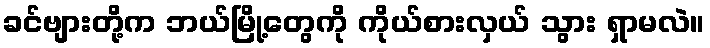
ခင်ဗျားတို့က ဘယ်မြို့တွေကို ကိုယ်စားလှယ် သွား ရှာမလဲ။